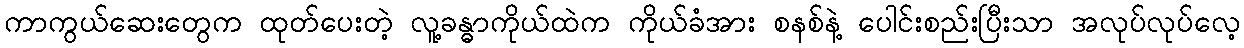
ကာကွယ်ဆေးတွေက ထုတ်ပေးတဲ့ လူ့ခန္ဓာကိုယ်ထဲက ကိုယ်ခံအား စနစ်နဲ့ ပေါင်းစည်းပြီးသာ အလုပ်လုပ်လေ့